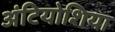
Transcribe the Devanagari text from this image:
अंटियोशिया